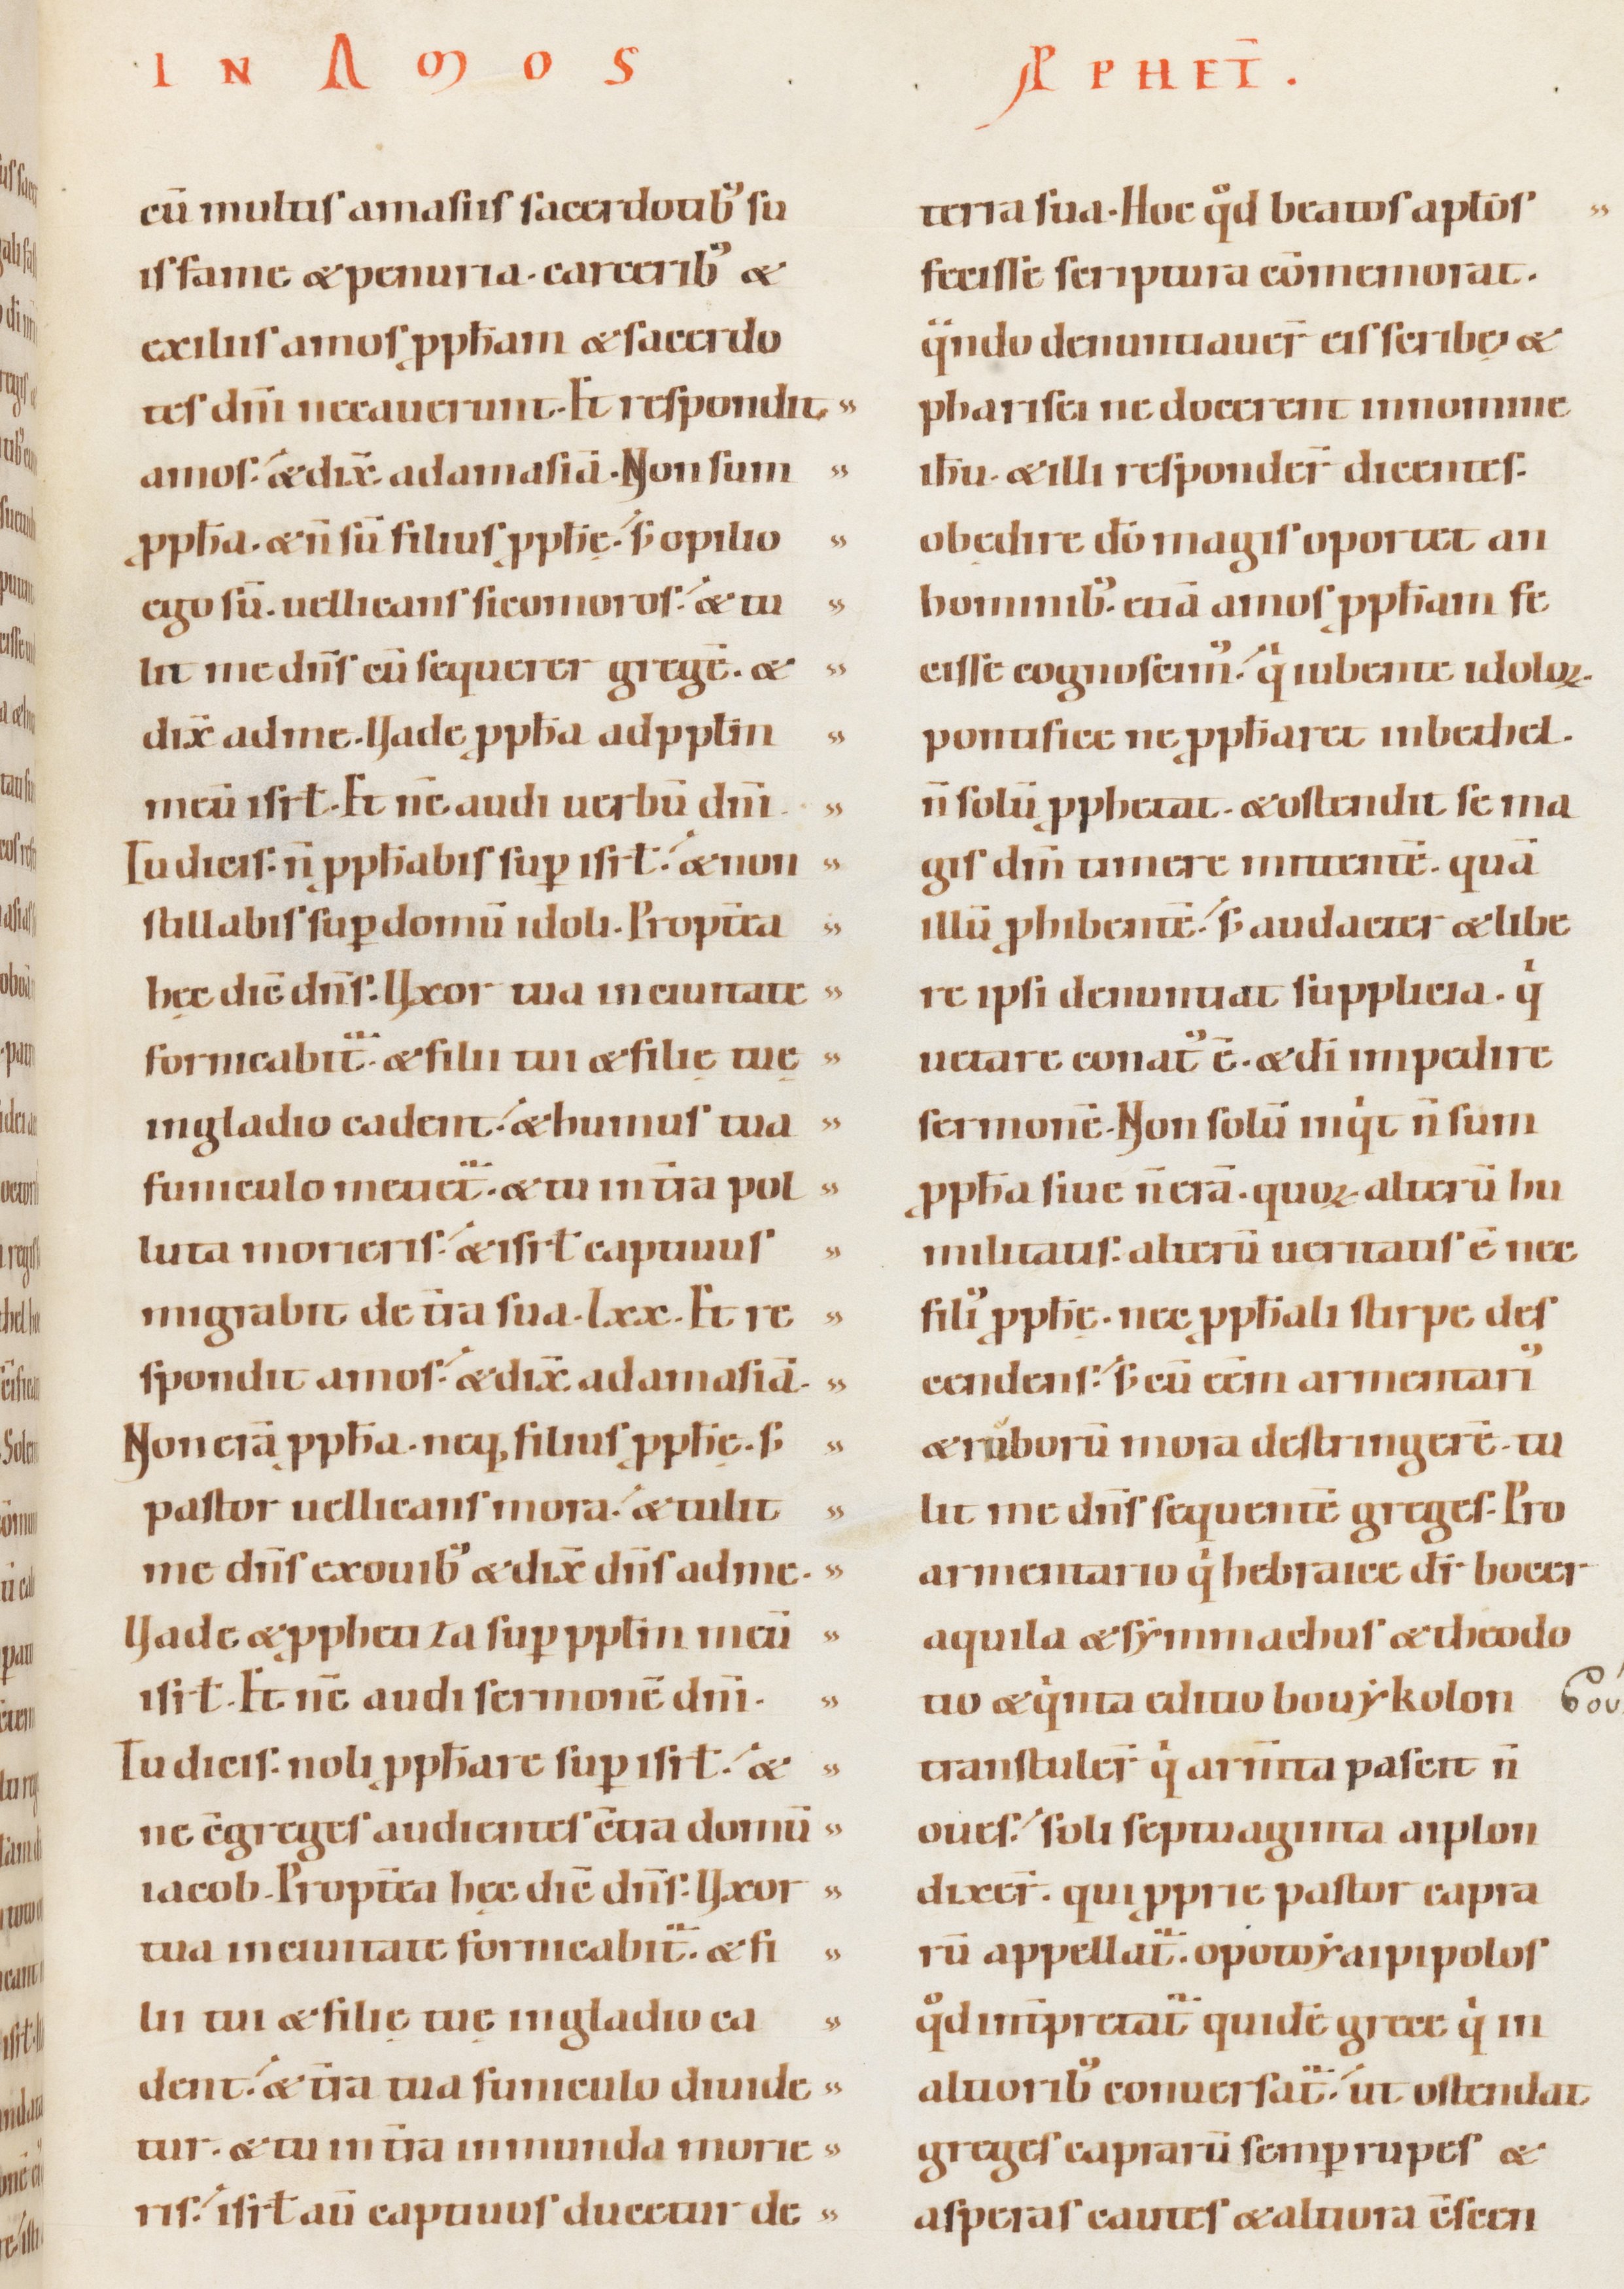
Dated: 1100–1130